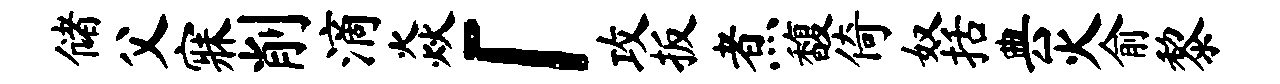
储父寐削滴焱「攻扳煮馥倚奴括典灭俞黎